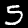
Label: 5